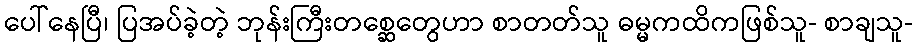
ပေါ်နေပြီ၊ ပြအပ်ခဲ့တဲ့ ဘုန်းကြီးတစ္ဆေတွေဟာ စာတတ်သူ ဓမ္မကထိကဖြစ်သူ- စာချသူ-